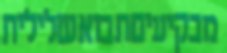
מבקיעיםתבואשלילית